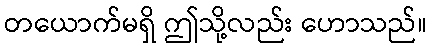
တယောက်မရှိ ဤသို့လည်း ဟောသည်။